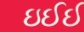
ઇઈઈ